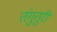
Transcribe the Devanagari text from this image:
तंगुतुरी